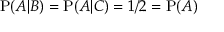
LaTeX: \mathrm { P } ( A | B ) = \mathrm { P } ( A | C ) = 1 / 2 = \mathrm { P } ( A )